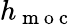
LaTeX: h_{\mathrm{~m~o~c~}}